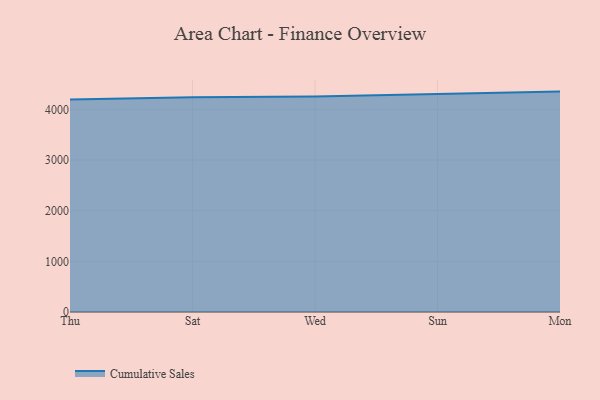
{"axis": {"x": "Day", "y": "Revenue (USD Million)"}, "legend": ["Cumulative Sales"], "data": [{"x": "Thu", "y": 4194.4, "type": "Cumulative Sales"}, {"x": "Sat", "y": 4238.8, "type": "Cumulative Sales"}, {"x": "Wed", "y": 4254.7, "type": "Cumulative Sales"}, {"x": "Sun", "y": 4297.3, "type": "Cumulative Sales"}, {"x": "Mon", "y": 4349.8, "type": "Cumulative Sales"}]}